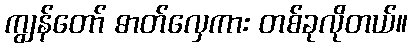
ကျွန်တော် ဓာတ်လှေကား တစ်ခုလိုတယ်။